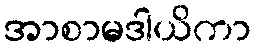
အာစာမဒါယိကာ